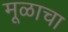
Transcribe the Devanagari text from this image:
मूळाचा